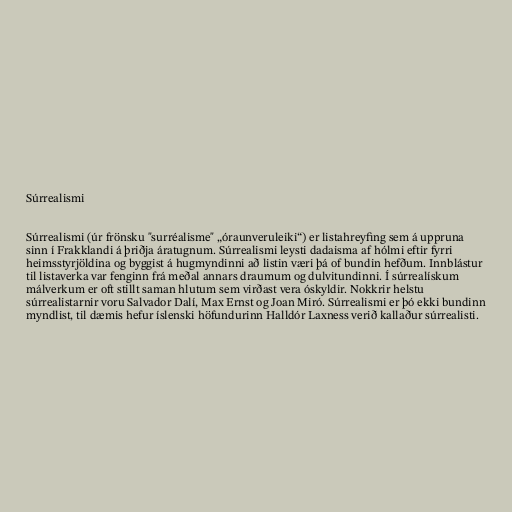
Súrrealismi

Súrrealismi (úr frönsku "surréalisme" „óraunveruleiki“) er listahreyfing sem á uppruna
sinn í Frakklandi á þriðja áratugnum. Súrrealismi leysti dadaisma af hólmi eftir fyrri
heimsstyrjöldina og byggist á hugmyndinni að listin væri þá of bundin hefðum. Innblástur
til listaverka var fenginn frá meðal annars draumum og dulvitundinni. Í súrrealískum
málverkum er oft stillt saman hlutum sem virðast vera óskyldir. Nokkrir helstu
súrrealistarnir voru Salvador Dalí, Max Ernst og Joan Miró. Súrrealismi er þó ekki bundinn
myndlist, til dæmis hefur íslenski höfundurinn Halldór Laxness verið kallaður súrrealisti.